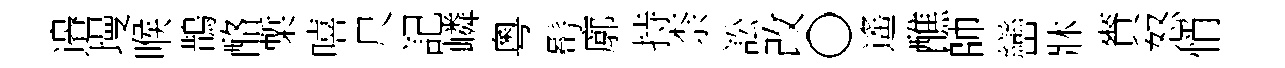
邉墁喉鵲酪槧嘻尺記嶙粵髩廓持柰訟改〇遙醮師巒牀賚怒悄